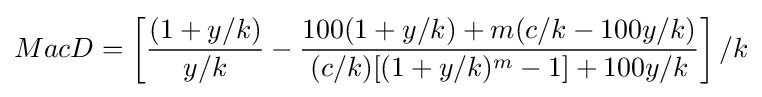
MacD=\left[{\frac {(1+y/k)}{y/k}}-{\frac {100(1+y/k)+m(c/k-100y/k)}{(c/k)[(1+y/k)^{m}-1]+100y/k}}\right]/k